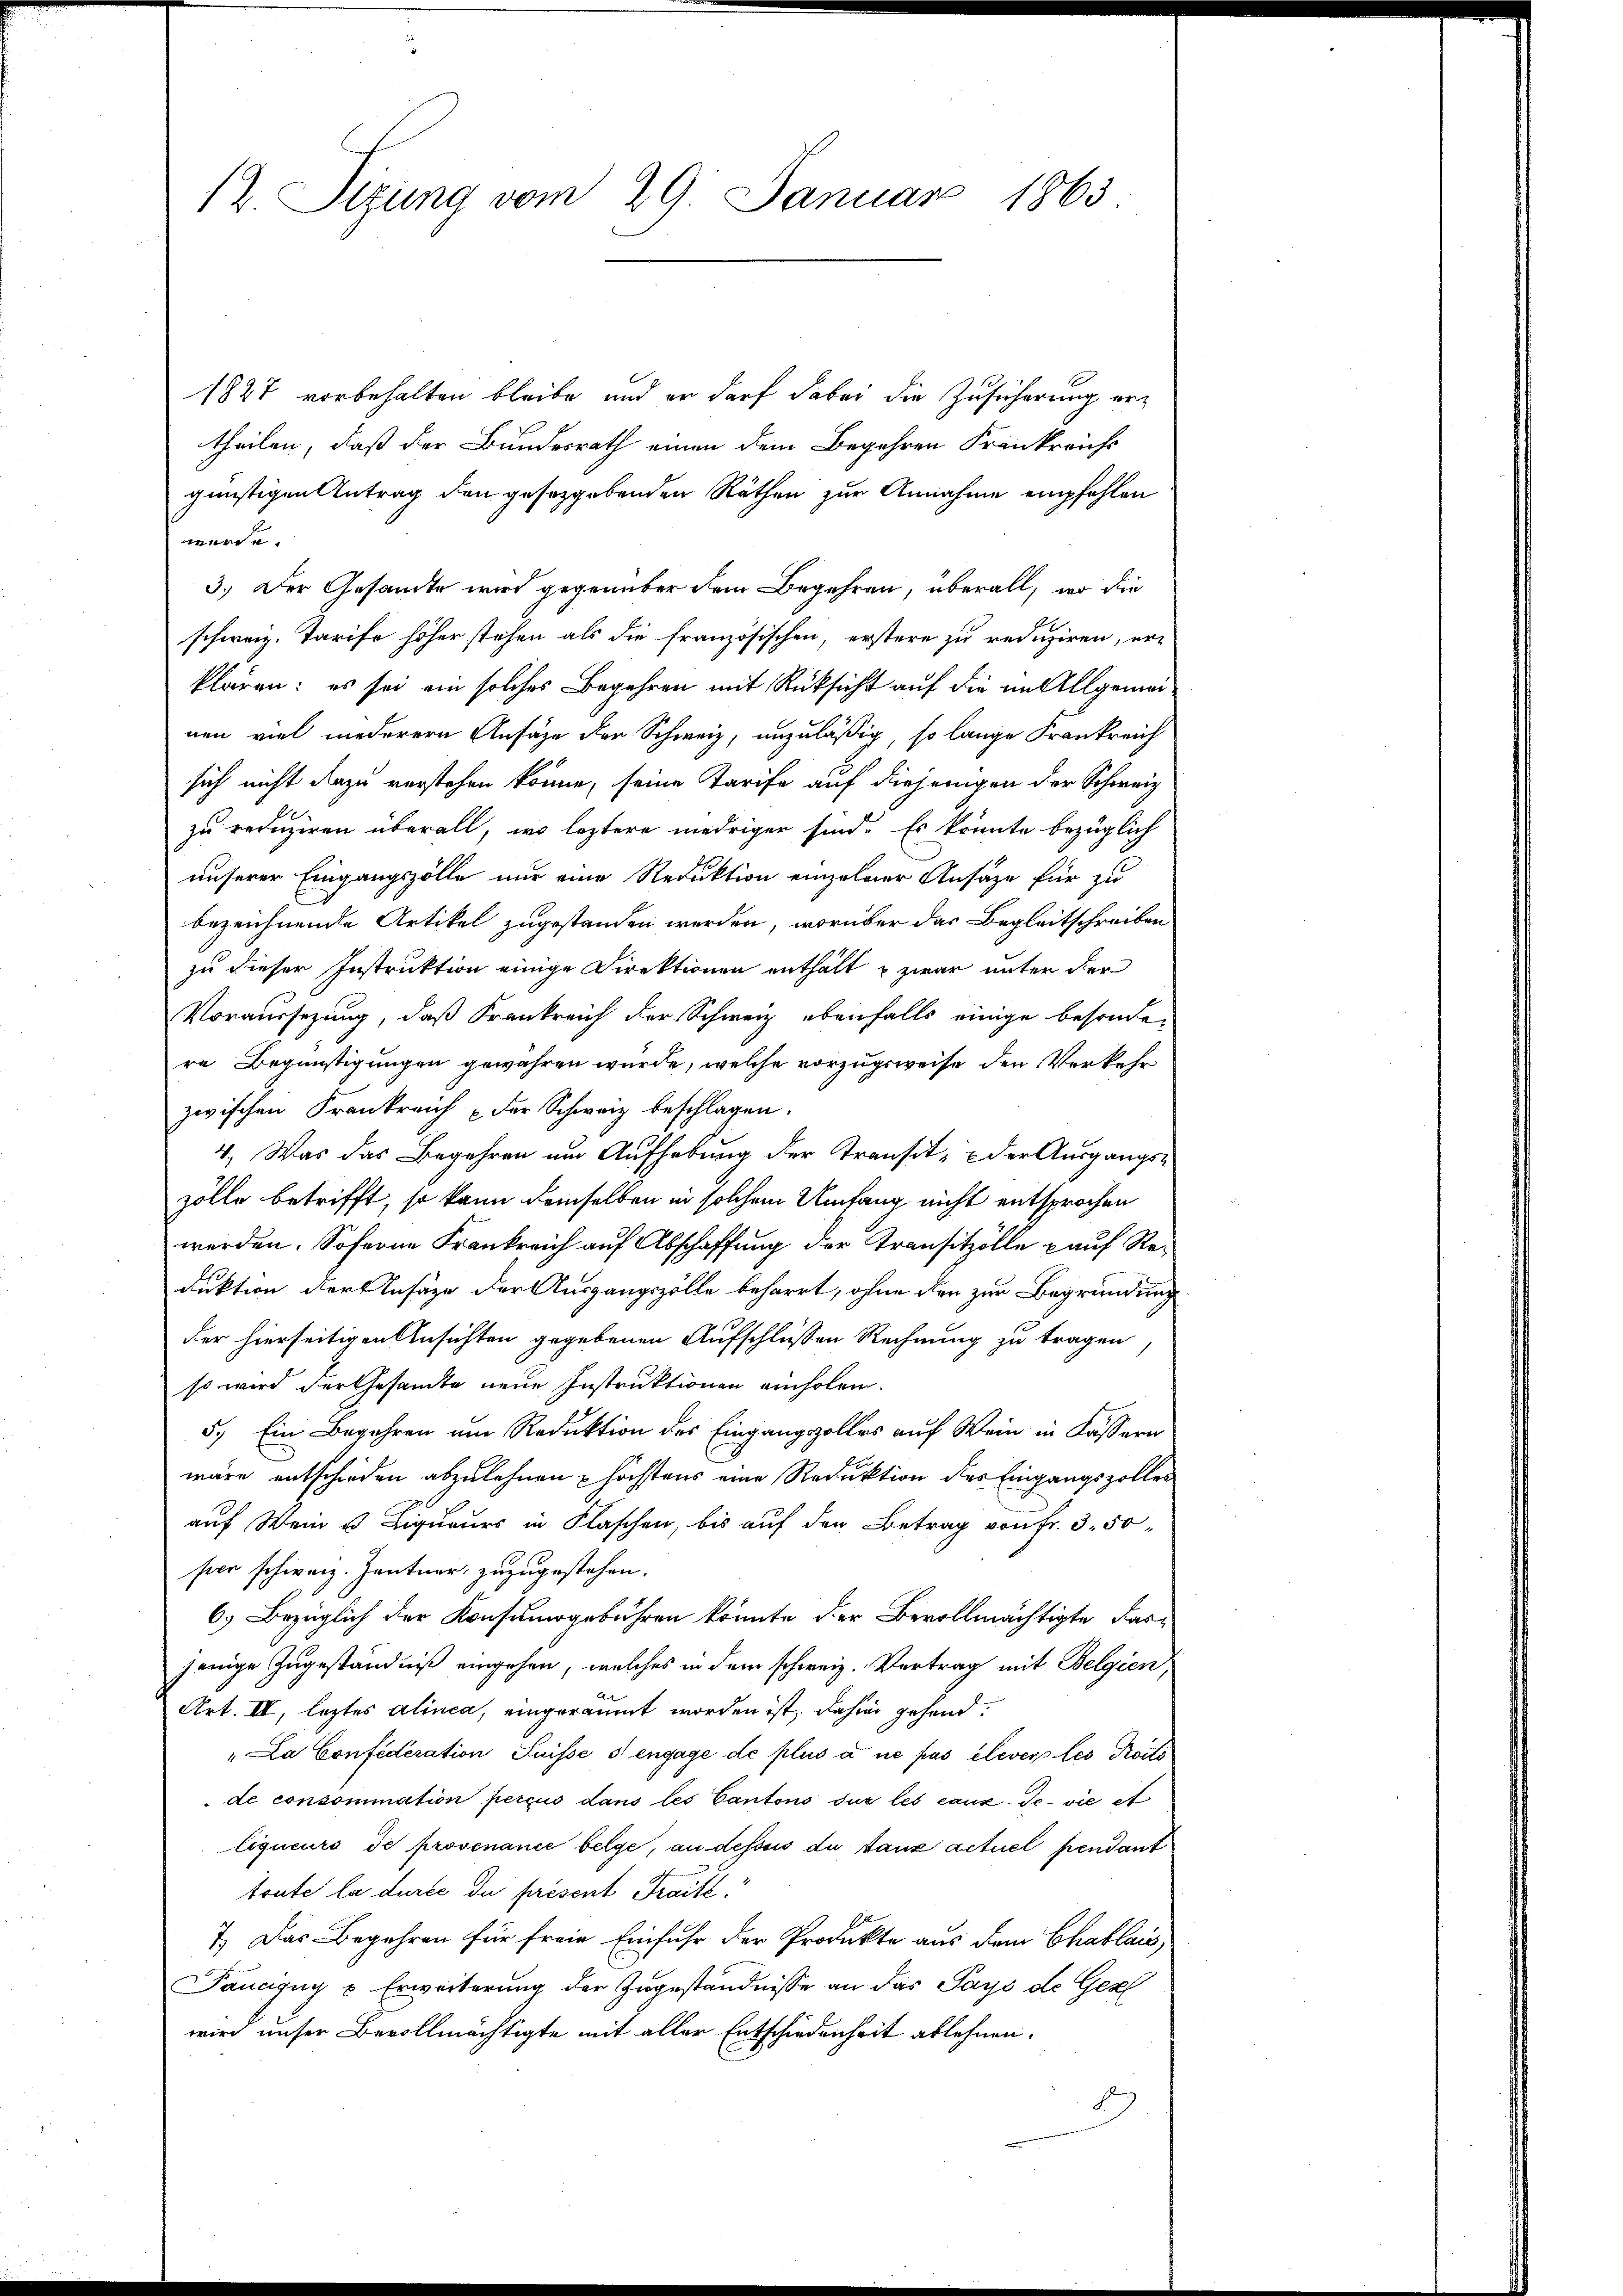
12. Sizung vom 29. Januar 1863.

1827 vorbehalten bleibe, und er darf dabei die Zusicherung ertheilen, daß der Bundesrath einen dem Begehren Frankreichs
günstigen Antrag den gesetzgebenden Räthen zur Annahme empfehlen
werde.
3.) Der Gesandte wird gegenüber dem Begehren, überall, wo die
schweiz. Tarife höher stehen als die französischen, erstere zu reduziren, erklären: es sei ein solches Begehren mit Rücksicht auf die im Allgemeinen viel niederern Ansätze der Schweiz, unzuläßig, so lange Frankreich
sich nicht dazu verstehen könne, seine Tarife auf diejenigen der Schweiz
zu reduziren überall, wo leztere niedriger sind. Es könnte bezüglich
unserer Eingangszölle nur eine Reduktion einzelner Ansätze für zu
bezeichnende Artikel zugestanden werden, worüber das Begleitschreiben
zu dieser Instruktion einige Direktionen enthält u zwar unter der
Voraussezung, daß Krankreich der Schweiz ebenfalls einige besondere Begünstigungen gewähren würde, welche vorzugsweise den Verkehr
zwischen Frankreich der Schweiz beschlagen.
4.) Was das Begehren um Aufhebung der Transit, & der Ausgangszölle betrifft, so kann demselben in solchem Umfang nicht entsprochen
werden. Soferne Frankreich auf Abschaffung der Transitzölle kauf Reduktion der Ansätze der Ausgangszölle beharrt, ohne den zur Begründung
der hierseitigen Ansichten gegebenen Aufschlüßen Rechnung zu tragen,
so wird der Gesamte neue Instruktionen einholen.
5.) Ein Begehren um Reduktion des Eingangszolles auf Wein in Kassern
wäre entschieden abzulehnen u höchstens eine Reduktion des Eingangszolles
auf Wein u. Liqueurs in Flaschen, bis auf den Betrag von Fr. 3. 50
ser schweiz. Zentner zuzugestehen.
6.) Bezüglich der Konsumsgebühren könnte der Bevollmächtigte das
jenige Zugeständniß eingehen, welches in dem schweiz. Vertrag mit Belgien
Art. IV, leztes alinea, eingeräumt worden ist, dahin gehend:
"La Confederation Suisse s engage de plus a ne pas élever les Proits
de consommation perçus dans les Cantons sur les cauz. Je vie et
liqueurs de provenance belge, an depuis du tanz actuel pendant
toute la durce du présent Fraift
7.) Das Begehren für freie Einfuhr der Produkte aus dem Chablais,
Taucigny u. Erweiterung der Zugeständnisse an das Pays de Ger
wird unser Bevollmächtigte mit aller Entschiedenheit ablehnen.
89